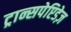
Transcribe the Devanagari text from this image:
ट्रान्सपेप्टिडेज़